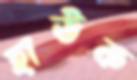
হাউক